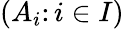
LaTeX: (A_{i}\colon i\in I)